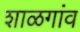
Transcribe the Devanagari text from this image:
शाळगांव